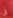
في